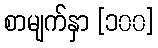
စာမျက်နှာ [၁၀၀]